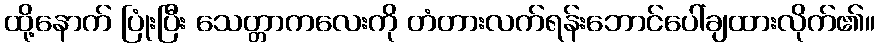
ထို့နောက် ပြုံးပြီး သေတ္တာကလေးကို တံတားလက်ရန်းဘောင်ပေါ်ချထားလိုက်၏။